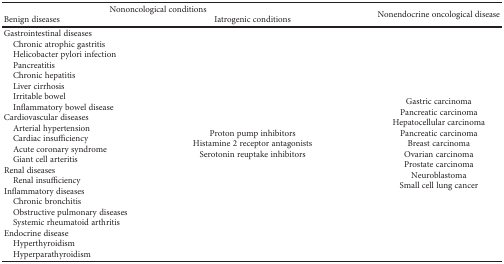
| <COLSPAN=2> Nononcological conditions | <ROWSPAN=2> Nonendocrine oncological disease |
 | Benign diseases | Iatrogenic conditions |
 | --- | --- | --- |
 | Gastrointestinal diseases Chronic atrophic gastritis Helicobacter pylori infection Pancreatitis Chronic hepatitis Liver cirrhosis Irritable bowel Inflammatory bowel diseaseCardiovascular diseases Arterial hypertension Cardiac insufficiency Acute coronary syndrome Giant cell arteritisRenal diseases Renal insufficiencyInflammatory diseases Chronic bronchitis Obstructive pulmonary diseases Systemic rheumatoid arthritisEndocrine disease Hyperthyroidism Hyperparathyroidism | Proton pump inhibitorsHistamine 2 receptor antagonistsSerotonin reuptake inhibitors | Gastric carcinomaPancreatic carcinomaHepatocellular carcinomaPancreatic carcinomaBreast carcinomaOvarian carcinomaProstate carcinomaNeuroblastomaSmall cell lung cancer |